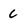
Character: C